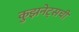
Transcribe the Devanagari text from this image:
कुझनेट्सची